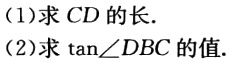
(1)求 \(CD\) 的长.

(2)求 \(\tan\angle DBC\) 的值.